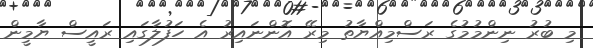
މި ބުރުު ނިންމުމުގެ ރަސްމިއްޔާތު މިރޭ އޮންނައިރު އެ ހަފުލާގައި ރައީސް ޔާމީން